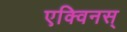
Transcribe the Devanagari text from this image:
एक्विनस्